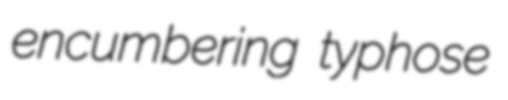
encumbering typhose